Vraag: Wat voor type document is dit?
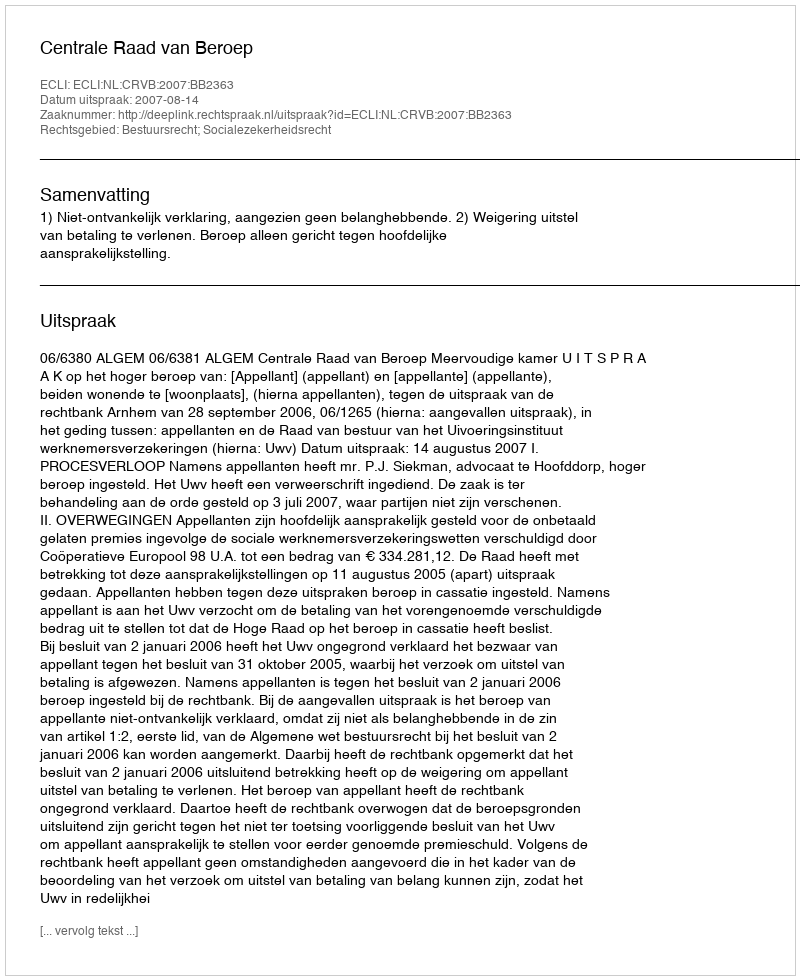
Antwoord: Uitspraak